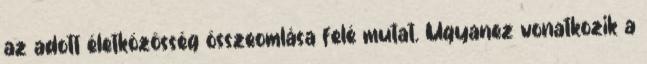
az adott életközösség összeomlása felé mutat. Ugyanez vonatkozik a